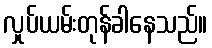
လှုပ်ယမ်းတုန်ခါနေသည်။